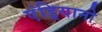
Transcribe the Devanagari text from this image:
एंड्रियानो